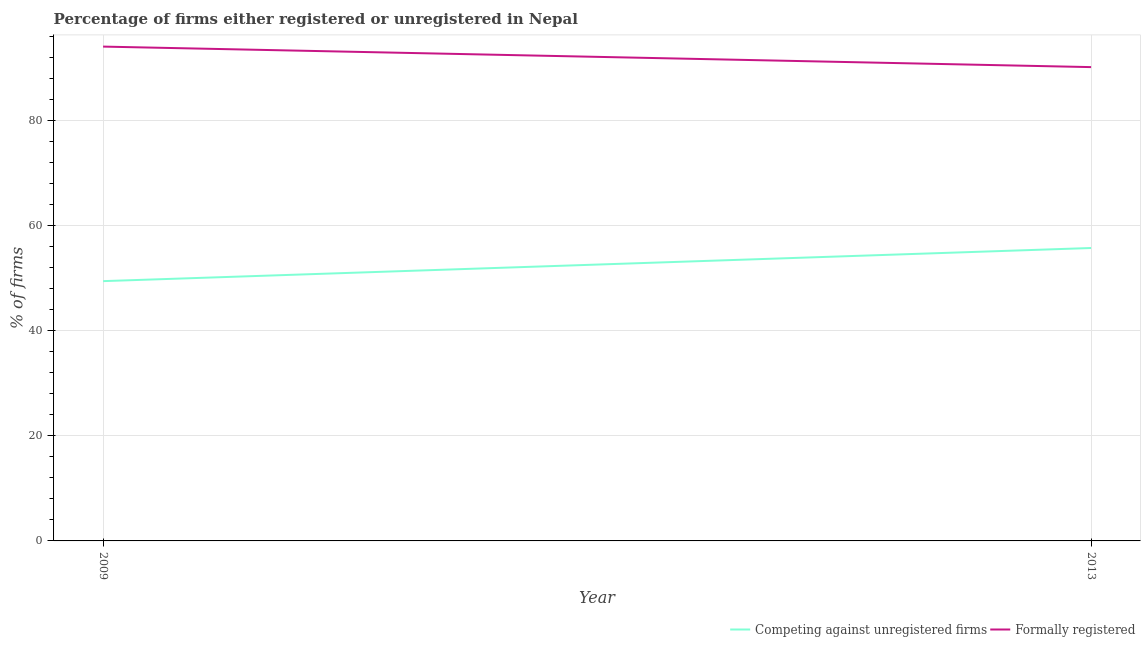
| Year | Competing against unregistered firms | Formally registered |
 | --- | --- | --- |
 | 2009 | 49.4 | 94 |
 | 2013 | 55.7 | 90.1 |